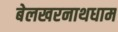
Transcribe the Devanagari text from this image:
बेलखरनाथधाम